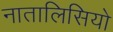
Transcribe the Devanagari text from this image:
नातालिसियो